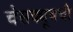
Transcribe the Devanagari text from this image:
चेसक्यूबची